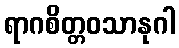
ရာဂစိတ္တဝသာနုဂါ